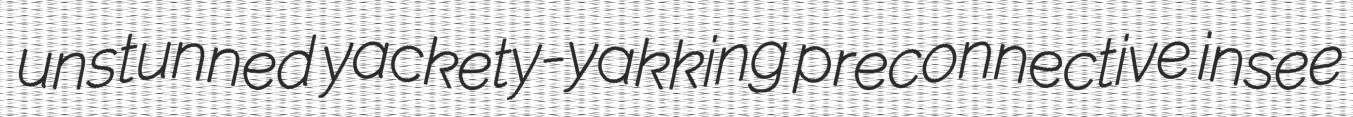
unstunned yackety-yakking preconnective insee